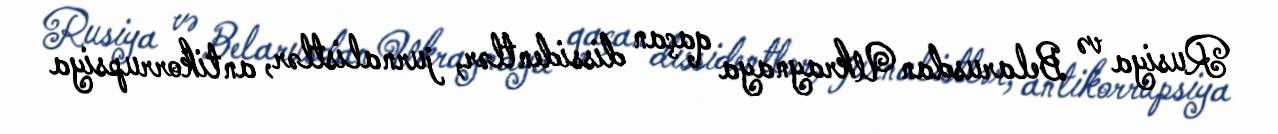
Rusiya və Belarusdan Ukraynaya qaçan dissidentlər, jurnalistlər, antikorrupsiya